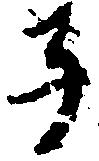
子